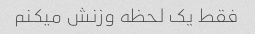
فقط یک لحظه وزنش میکنم